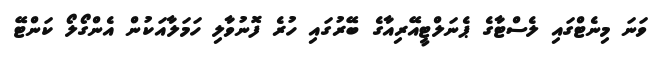
ވަނަ މިނެޓްގައި ލެސްޓާގެ ޕެނަލްޓީއޭރިއާގެ ބޭރުގައި ހުރެ ފޮނުވާލި ހަމަލާއަކުން އެންގޯލޯ ކަންޓޭ